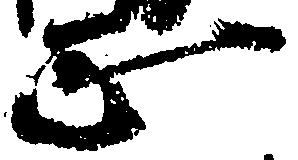
正